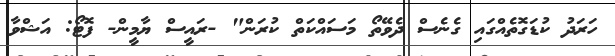
ހަރަދު ކުޑަގޮތެއްގައި ގެނެސް ދެވޭތޯ މަސައްކަތް ކުރަން" -ރައީސް ޔާމީން- ފޮޓޯ: އަޝްވާ